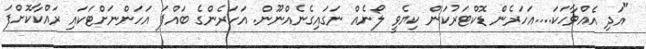
"އަދި އެއްވާހަކަ....އަހަރެން ޑޮކްޓަރުކަން ކިޔެވީ ލޯނެއް ނަގައިގެނެއްނޫން. އަހަރެންގެ ބައްޕަ އަހަންނަށްޓަކައި ރައްކާކޮށްފަ